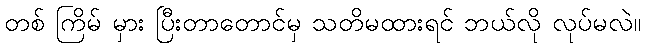
တစ် ကြိမ် မှား ပြီးတာတောင်မှ သတိမထားရင် ဘယ်လို လုပ်မလဲ။